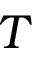
T